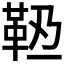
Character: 𩉶